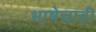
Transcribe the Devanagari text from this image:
भाषेचाही